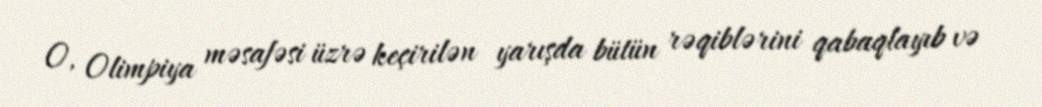
O, Olimpiya məsafəsi üzrə keçirilən yarışda bütün rəqiblərini qabaqlayıb və